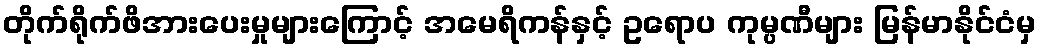
တိုက်ရိုက်ဖိအားပေးမှုများကြောင့် အမေရိကန်နှင့် ဥရောပ ကုမ္ပဏီများ မြန်မာနိုင်ငံမှ